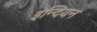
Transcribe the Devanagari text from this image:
इन्दियन